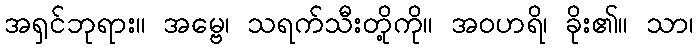
အရှင်ဘုရား။ အမ္ဗေ၊ သရက်သီးတို့ကို။ အဝဟရိ၊ ခိုး၏။ သာ၊